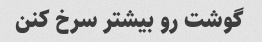
گوشت رو بیشتر سرخ کنن